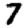
Digit: 7